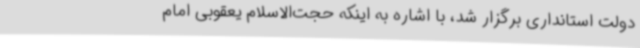
دولت استانداری برگزار شد، با اشاره به اینکه حجت‌الاسلام یعقوبی امام